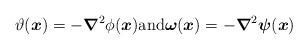
LaTeX: \begin{align*} \vartheta(\boldsymbol{x}) = - \boldsymbol{\nabla}^2 \phi(\boldsymbol{x})\mbox{and} \boldsymbol{\omega}(\boldsymbol{x}) = - \boldsymbol{\nabla}^2 \boldsymbol{\psi}(\boldsymbol{x}) \end{align*}